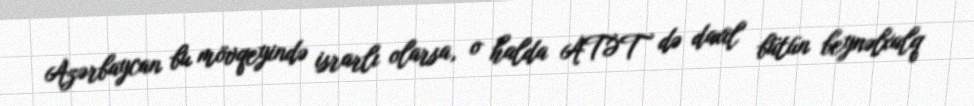
Azərbaycan bu mövqeyində israrlı olarsa, o halda ATƏT də daxil bütün beynəlxalq